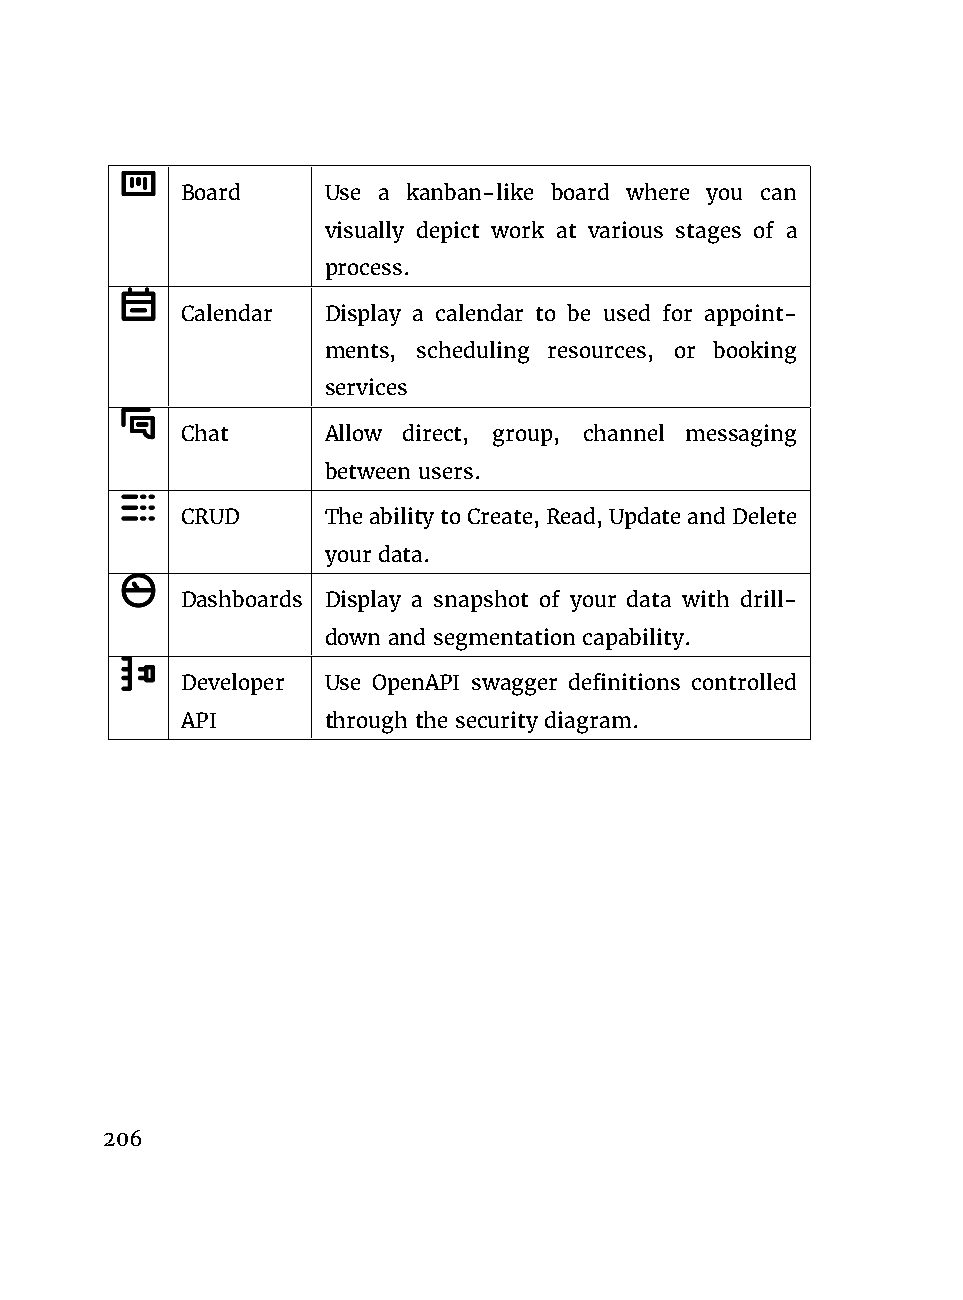
Board    Use a kanban-like board where you can
 visually depict work at various stages of a
 process.
 Calendar Display a calendar to be used for appoint-
 ments, scheduling resources, or booking
 services
 Chat     Allow direct, group, channel messaging
 between users.
 CRUD     TheabilitytoCreate,Read,UpdateandDelete
 your data.
 Dashboards Display a snapshot of your data with drill-
 down and segmentation capability.
 Developer Use OpenAPI swagger definitions controlled
 API      through the security diagram.
 206